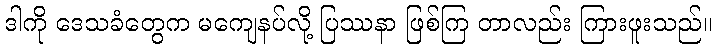
ဒါကို ဒေသခံတွေက မကျေနပ်လို့ ပြဿနာ ဖြစ်ကြ တာလည်း ကြားဖူးသည်။